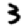
Digit: 3